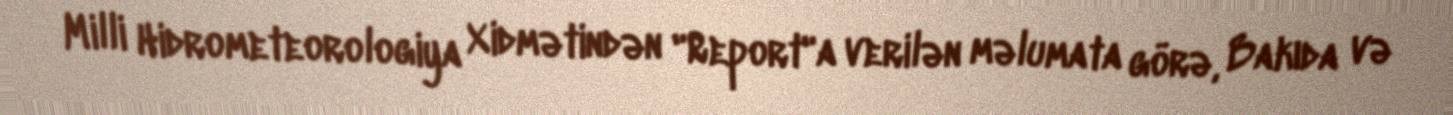
Milli Hidrometeorologiya Xidmətindən "Report"a verilən məlumata görə, Bakıda və